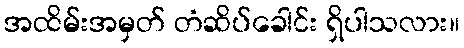
အထိမ်းအမှတ် တံဆိပ်ခေါင်း ရှိပါသလား။